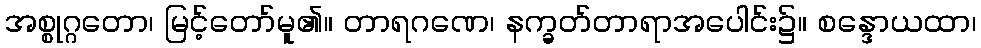
အစ္စုဂ္ဂတော၊ မြင့်တော်မူ၏။ တာရဂဏေ၊ နက္ခတ်တာရာအပေါင်း၌။ စန္ဒောယထာ၊